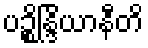
ပဉ္စိန္ဒြိယာနီတိ